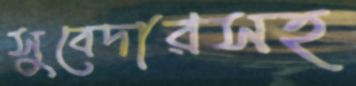
সুবেদারসহ